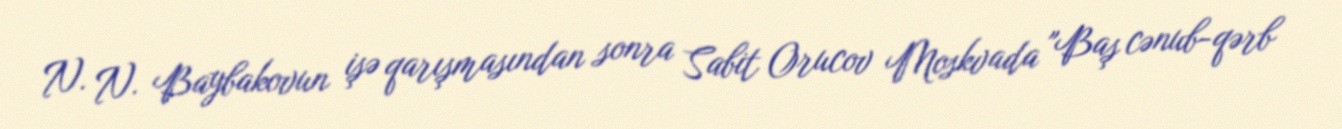
N. N. Baybakovun işə qarışmasından sonra Sabit Orucov Moskvada "Baş cənub-qərb